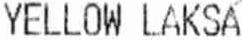
YELLOW LAKSA